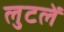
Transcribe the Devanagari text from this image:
लुटलें